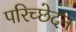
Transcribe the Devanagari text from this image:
परिच्छेदन